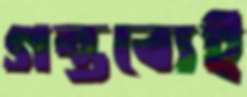
গন্তব্যেই